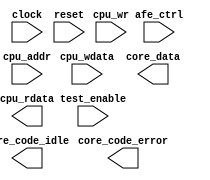
module AA(
          input wire        clock,
          input wire        reset,
          input wire        test_enable,
          input wire        afe_ctrl,
          input wire        cpu_wr,
          input wire [4:0]  cpu_addr,
          input wire [7:0]  cpu_wdata,
          output wire [7:0] core_data,
          output wire       core_code_error,
          output wire       core_code_idle,
          output wire [7:0] cpu_rdata
          );
endmodule